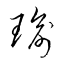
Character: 瑜